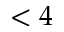
< 4